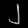
Digit: ၂